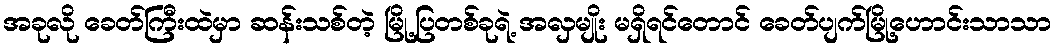
အခုလို ခေတ်ကြီးထဲမှာ ဆန်းသစ်တဲ့ မြို့ပြတစ်ခုရဲ့ အလှမျိုး မရှိရင်တောင် ခေတ်ပျက်မြို့ဟောင်းသာသာ